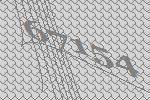
67154